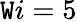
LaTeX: \mathtt{W}i=5